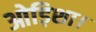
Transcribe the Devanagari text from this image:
ओड़िशा।